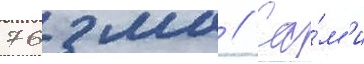
76 мм // Са́м'и